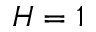
H = 1